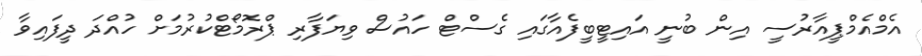
އެމްއެމްޕީއާރުސީ އިން ބުނީ އައިޓީބީފެއާގައި ގެސްޓް ހައުސް ވިޔަފާރި ޕްރޮމޯޓްކުރުމަށް ހުއްދަ ދީފައިވާ